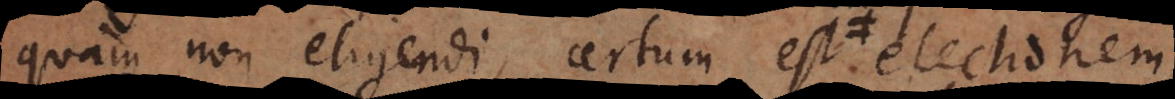
quam non eligendi, certum est electionem